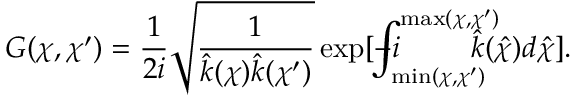
G ( \chi , \chi ^ { \prime } ) = \frac { 1 } { 2 i } \sqrt { \frac { 1 } { \hat { k } ( \chi ) \hat { k } ( \chi ^ { \prime } ) } } \exp [ - i \! \! \! \! \! \! \! \int _ { \operatorname* { m i n } ( \chi , \chi ^ { \prime } ) } ^ { \operatorname* { m a x } ( \chi , \chi ^ { \prime } ) } \! \! \! \! \! \! \! \hat { k } ( \hat { \chi } ) d \hat { \chi } ] .